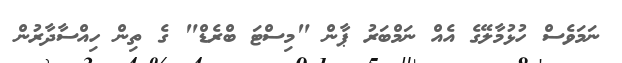
ނަމަވެސް ހުޅުމާލޭގެ އެއް ނަމްބަރު ޕާން "މިސްޓަ ބްރެޑް" ގެ ތިން ހިއްސާދާރުން